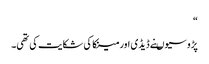
“
پڑوسیوںنے ڈیڈی اور مینکا کی شکایت کی تھی۔